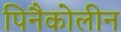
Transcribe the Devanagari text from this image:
पिनैकोलीन